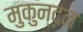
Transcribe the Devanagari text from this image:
मुकुन्दन